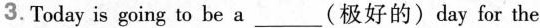
3.Today is going to be a___(极好的)day for the